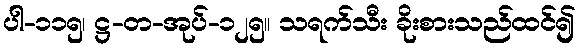
ပါ-၁၁၅၊ ဋ္ဌ-တ-အုပ်-၁၂၅။ သရက်သီး ခိုးစားသည်ထင်၍